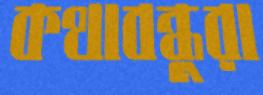
কথাবন্ধুরা